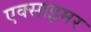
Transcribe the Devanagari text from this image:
एक्‍साइमर